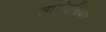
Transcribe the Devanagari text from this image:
लावोइसियर